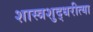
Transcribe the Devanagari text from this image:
शास्त्रशुद्धरीत्या